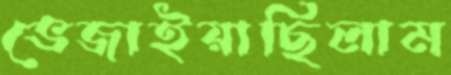
ভেজাইয়াছিলাম